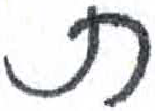
אות: ת